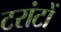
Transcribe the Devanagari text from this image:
टरांटों